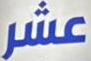
عشر